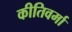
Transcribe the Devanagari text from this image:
कीतिवर्मा